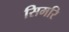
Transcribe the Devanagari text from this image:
सिमरि